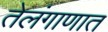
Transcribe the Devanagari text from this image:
तेलंगाणात